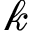
\mathscr { k }